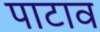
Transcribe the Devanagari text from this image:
पाटाव